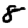
Digit: 8